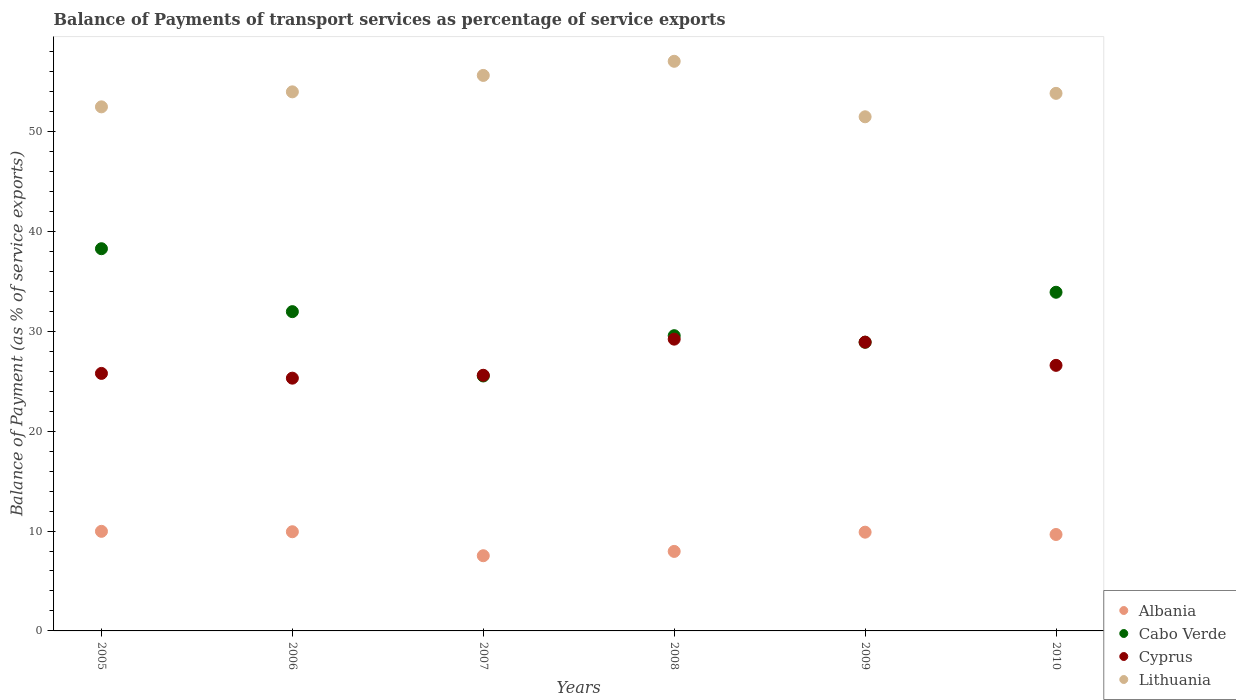
| Years | Albania | Cabo Verde | Cyprus | Lithuania |
 | --- | --- | --- | --- | --- |
 | 2005 | 9.97 | 38.3 | 25.8 | 52.5 |
 | 2006 | 9.93 | 32 | 25.3 | 54 |
 | 2007 | 7.53 | 25.5 | 25.6 | 55.6 |
 | 2008 | 7.96 | 29.6 | 29.2 | 57 |
 | 2009 | 9.89 | 28.9 | 28.9 | 51.5 |
 | 2010 | 9.65 | 33.9 | 26.6 | 53.8 |